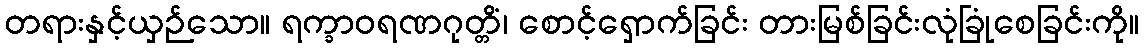
တရားနှင့်ယှဉ်သော။ ရက္ခာဝရဏဂုတ္တိံ၊ စောင့်ရှောက်ခြင်း တားမြစ်ခြင်းလုံခြုံစေခြင်းကို။